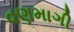
વણમાગી